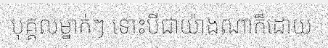
បុគ្គលម្នាក់ៗ ទោះបីជាយ៉ាងណាក៏ដោយ